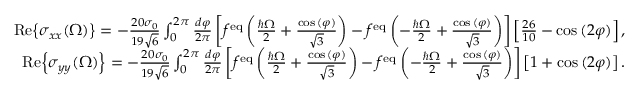
\begin{array} { r l r } & { } & { \mathrm { R e } { \left\{ \sigma _ { x x } ( \Omega ) \right\} } = - \frac { 2 0 \sigma _ { 0 } } { 1 9 \sqrt { 6 } } \int _ { 0 } ^ { 2 \pi } \frac { d \varphi } { 2 \pi } \left[ f ^ { \mathrm { e q } } \left( \frac { \hbar \Omega } { 2 } + \frac { \cos { ( \varphi ) } } { \sqrt { 3 } } \right) - f ^ { \mathrm { e q } } \left( - \frac { \hbar \Omega } { 2 } + \frac { \cos { ( \varphi ) } } { \sqrt { 3 } } \right) \right] \left[ \frac { 2 6 } { 1 0 } - \cos { ( 2 \varphi ) } \right] , } \\ & { } & { \mathrm { R e } { \left\{ \sigma _ { y y } ( \Omega ) \right\} } = - \frac { 2 0 \sigma _ { 0 } } { 1 9 \sqrt { 6 } } \int _ { 0 } ^ { 2 \pi } \frac { d \varphi } { 2 \pi } \left[ f ^ { \mathrm { e q } } \left( \frac { \hbar \Omega } { 2 } + \frac { \cos { ( \varphi ) } } { \sqrt { 3 } } \right) - f ^ { \mathrm { e q } } \left( - \frac { \hbar \Omega } { 2 } + \frac { \cos { ( \varphi ) } } { \sqrt { 3 } } \right) \right] \left[ 1 + \cos { ( 2 \varphi ) } \right] . } \end{array}